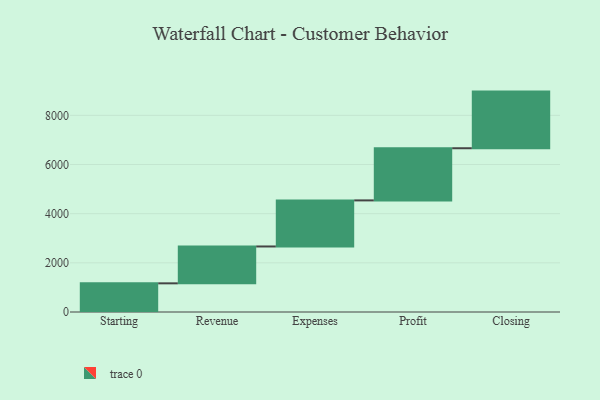
{"axis": {"x": "Step", "y": "Value"}, "legend": [""], "data": [{"x": "Starting", "y": 1166.0, "type": ""}, {"x": "Revenue", "y": 1500.0, "type": ""}, {"x": "Expenses", "y": 1874.0, "type": ""}, {"x": "Profit", "y": 2122.0, "type": ""}, {"x": "Closing", "y": 2304.0, "type": ""}]}